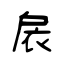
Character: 扆